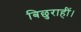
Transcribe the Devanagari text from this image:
बिछुराहीं।